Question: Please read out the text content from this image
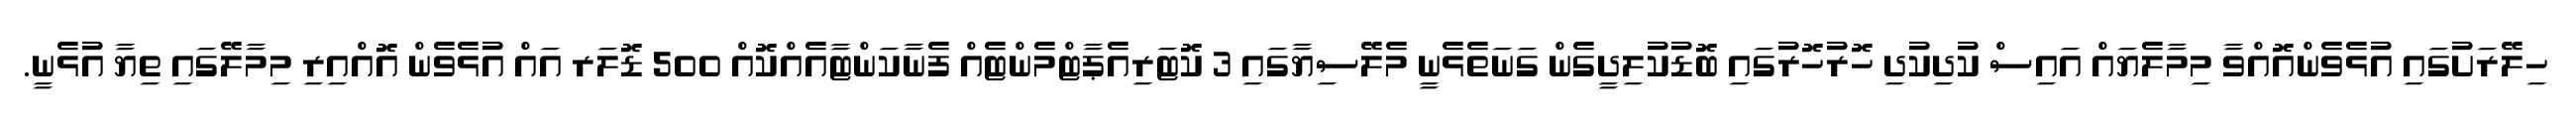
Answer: ހިލޭރަށުގައި އުޅެވެންއޮއްވާ މިމާލެޔައް އައިސް ކުދިކުދި ހޮރުހޮރުގައި ބޮޑުކުލިދީގެން ގަނަތެޅެނީ މެލޭސިޔާގައި 3 ކޮޓަރިއެޕާޓްމެންޓެއް ފެނާކަންޓާއެއްކޮއް 500 ޑޮލަރ އައް އުޅެވެން އޮއްއިރި މިމާލޭގައި ތިޔާ އުޅެނީ.